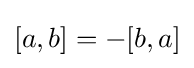
[a,b]=-[b,a]